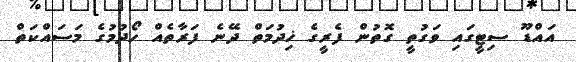
އައްޑޫ ސިޓީގައި ވަގުތީ ގޮތުން ފެރީގެ ޚިދުމަތް ދޭނެ ފަރާތެއް ހޯދުމުގެ މަސައްކަތް